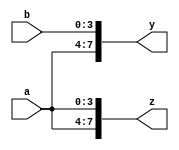
module con_rep(
  input [3:0]a,b,
  output reg [7:0]y,z);
  
  initial begin
    y={a,b};
    z={2{a}};
    
  end
endmodule